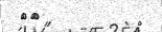
٢٨